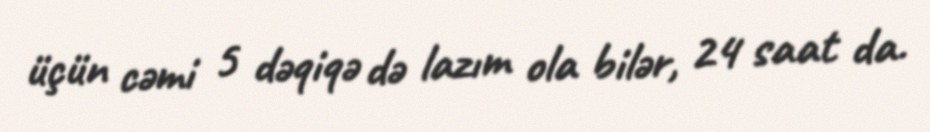
üçün cəmi 5 dəqiqə də lazım ola bilər, 24 saat da.